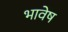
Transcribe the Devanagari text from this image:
भावेष